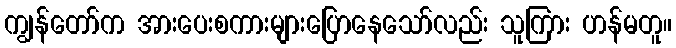
ကျွန်တော်က အားပေးစကားများပြောနေသော်လည်း သူကြား ဟန်မတူ။